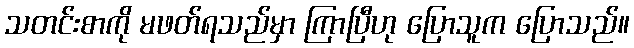
သတင်းစာကို မဖတ်ရသည်မှာ ကြာပြီဟု ပြောသူက ပြောသည်။